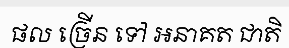
ផល ច្រើន ទៅ អនាគត ជាតិ